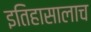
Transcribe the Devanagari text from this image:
इतिहासालाच